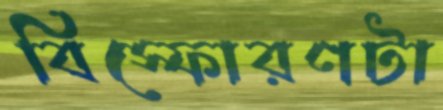
বিস্ফোরণটা